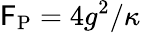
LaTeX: \mathsf{F}_{\mathrm{{P}}}=4g^{2}/\kappa